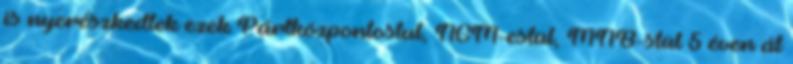
is nyerészkedtek ezek Pártközpontostul, NGM-estül, MNB-stül 5 éven át